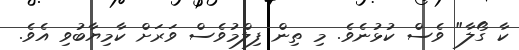
ކާ ގޯލާ" ވެސް ކުޅުނެވެ. މި ތިން ފިލްމުވެސް ވަރަށް ކާމިޔާބުވި އެވެ.